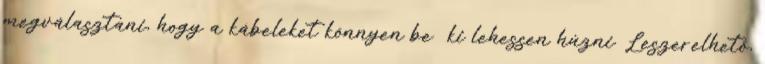
megválasztani, hogy a kábeleket könnyen be ki lehessen húzni. Leszerelhetõ,